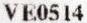
VE0514